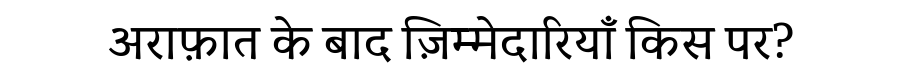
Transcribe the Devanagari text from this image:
अराफ़ात के बाद ज़िम्मेदारियाँ किस पर?